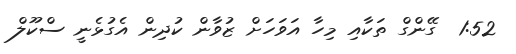
1:52  ގޭންގް ތަކާއި މިހާ އަވަހަށް ޒުވާން ކުދިން އެގުޅެނީ ސްކޫލް